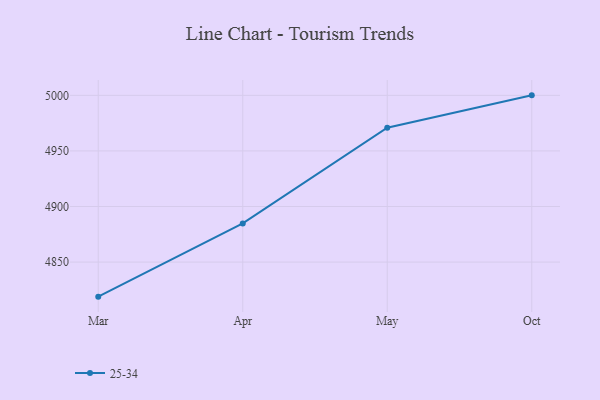
{"axis": {"x": "Month", "y": "LTV (USD)"}, "legend": ["25-34"], "data": [{"x": "Mar", "y": 4818.9, "type": "25-34"}, {"x": "Apr", "y": 4884.8, "type": "25-34"}, {"x": "May", "y": 4970.9, "type": "25-34"}, {"x": "Oct", "y": 5000, "type": "25-34"}]}